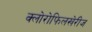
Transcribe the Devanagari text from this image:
क्लोरोफिलखेरीज